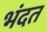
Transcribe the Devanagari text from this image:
भंदत